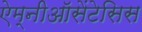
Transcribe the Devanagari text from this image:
ऐम्नीऑसेंटेसिस